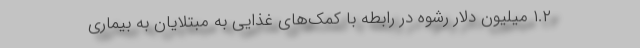
۱.۲ میلیون دلار رشوه در رابطه با کمک‌های غذایی به مبتلایان به بیماری